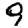
Digit: 9